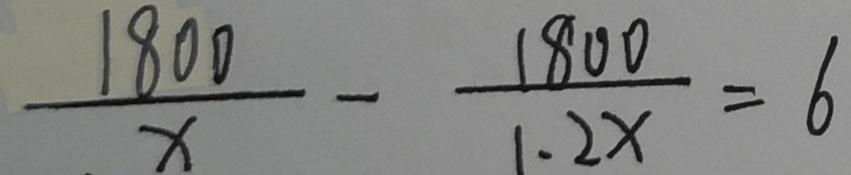
\frac { 1 8 0 0 } { x } - \frac { 1 8 0 0 } { 1 . 2 x } = 6